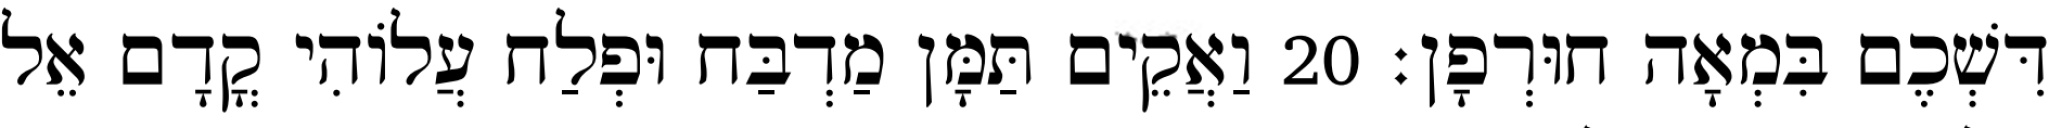
דִּשְׁכֶם בִּמְאָה חוּרְפָן׃ 20 וַאֲקֵים תַּמָּן מַדְבַּח וּפְלַח עֲלוֹהִי קֳדָם אֵל